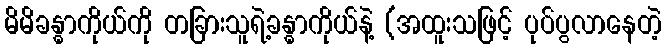
မိမိခန္ဓာကိုယ်ကို တခြားသူရဲ့ခန္ဓာကိုယ်နဲ့ (အထူးသဖြင့် ပုပ်ပွလာနေတဲ့